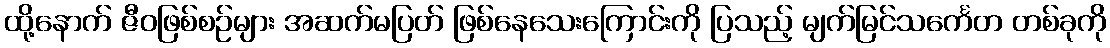
ထို့နောက် ဇီဝဖြစ်စဉ်များ အဆက်မပြတ် ဖြစ်နေသေးကြောင်းကို ပြသည့် မျက်မြင်သင်္ကေတ တစ်ခုကို